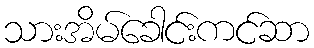
သားအိမ်ခေါင်းကင်ဆာ